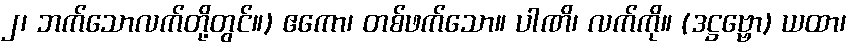
၂၊ ဘက်သောလက်တို့တွင်။) ဧကော၊ တစ်ဖက်သော။ ပါဏိ၊ လက်ကို။ (ဒဋ္ဌဗ္ဗော) ယထာ၊